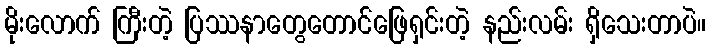
မိုးလောက် ကြီးတဲ့ ပြဿနာတွေတောင်ဖြေရှင်းတဲ့ နည်းလမ်း ရှိသေးတာပဲ။